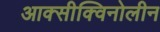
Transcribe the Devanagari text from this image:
आक्सीक्विनोलीन